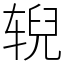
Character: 𫐐